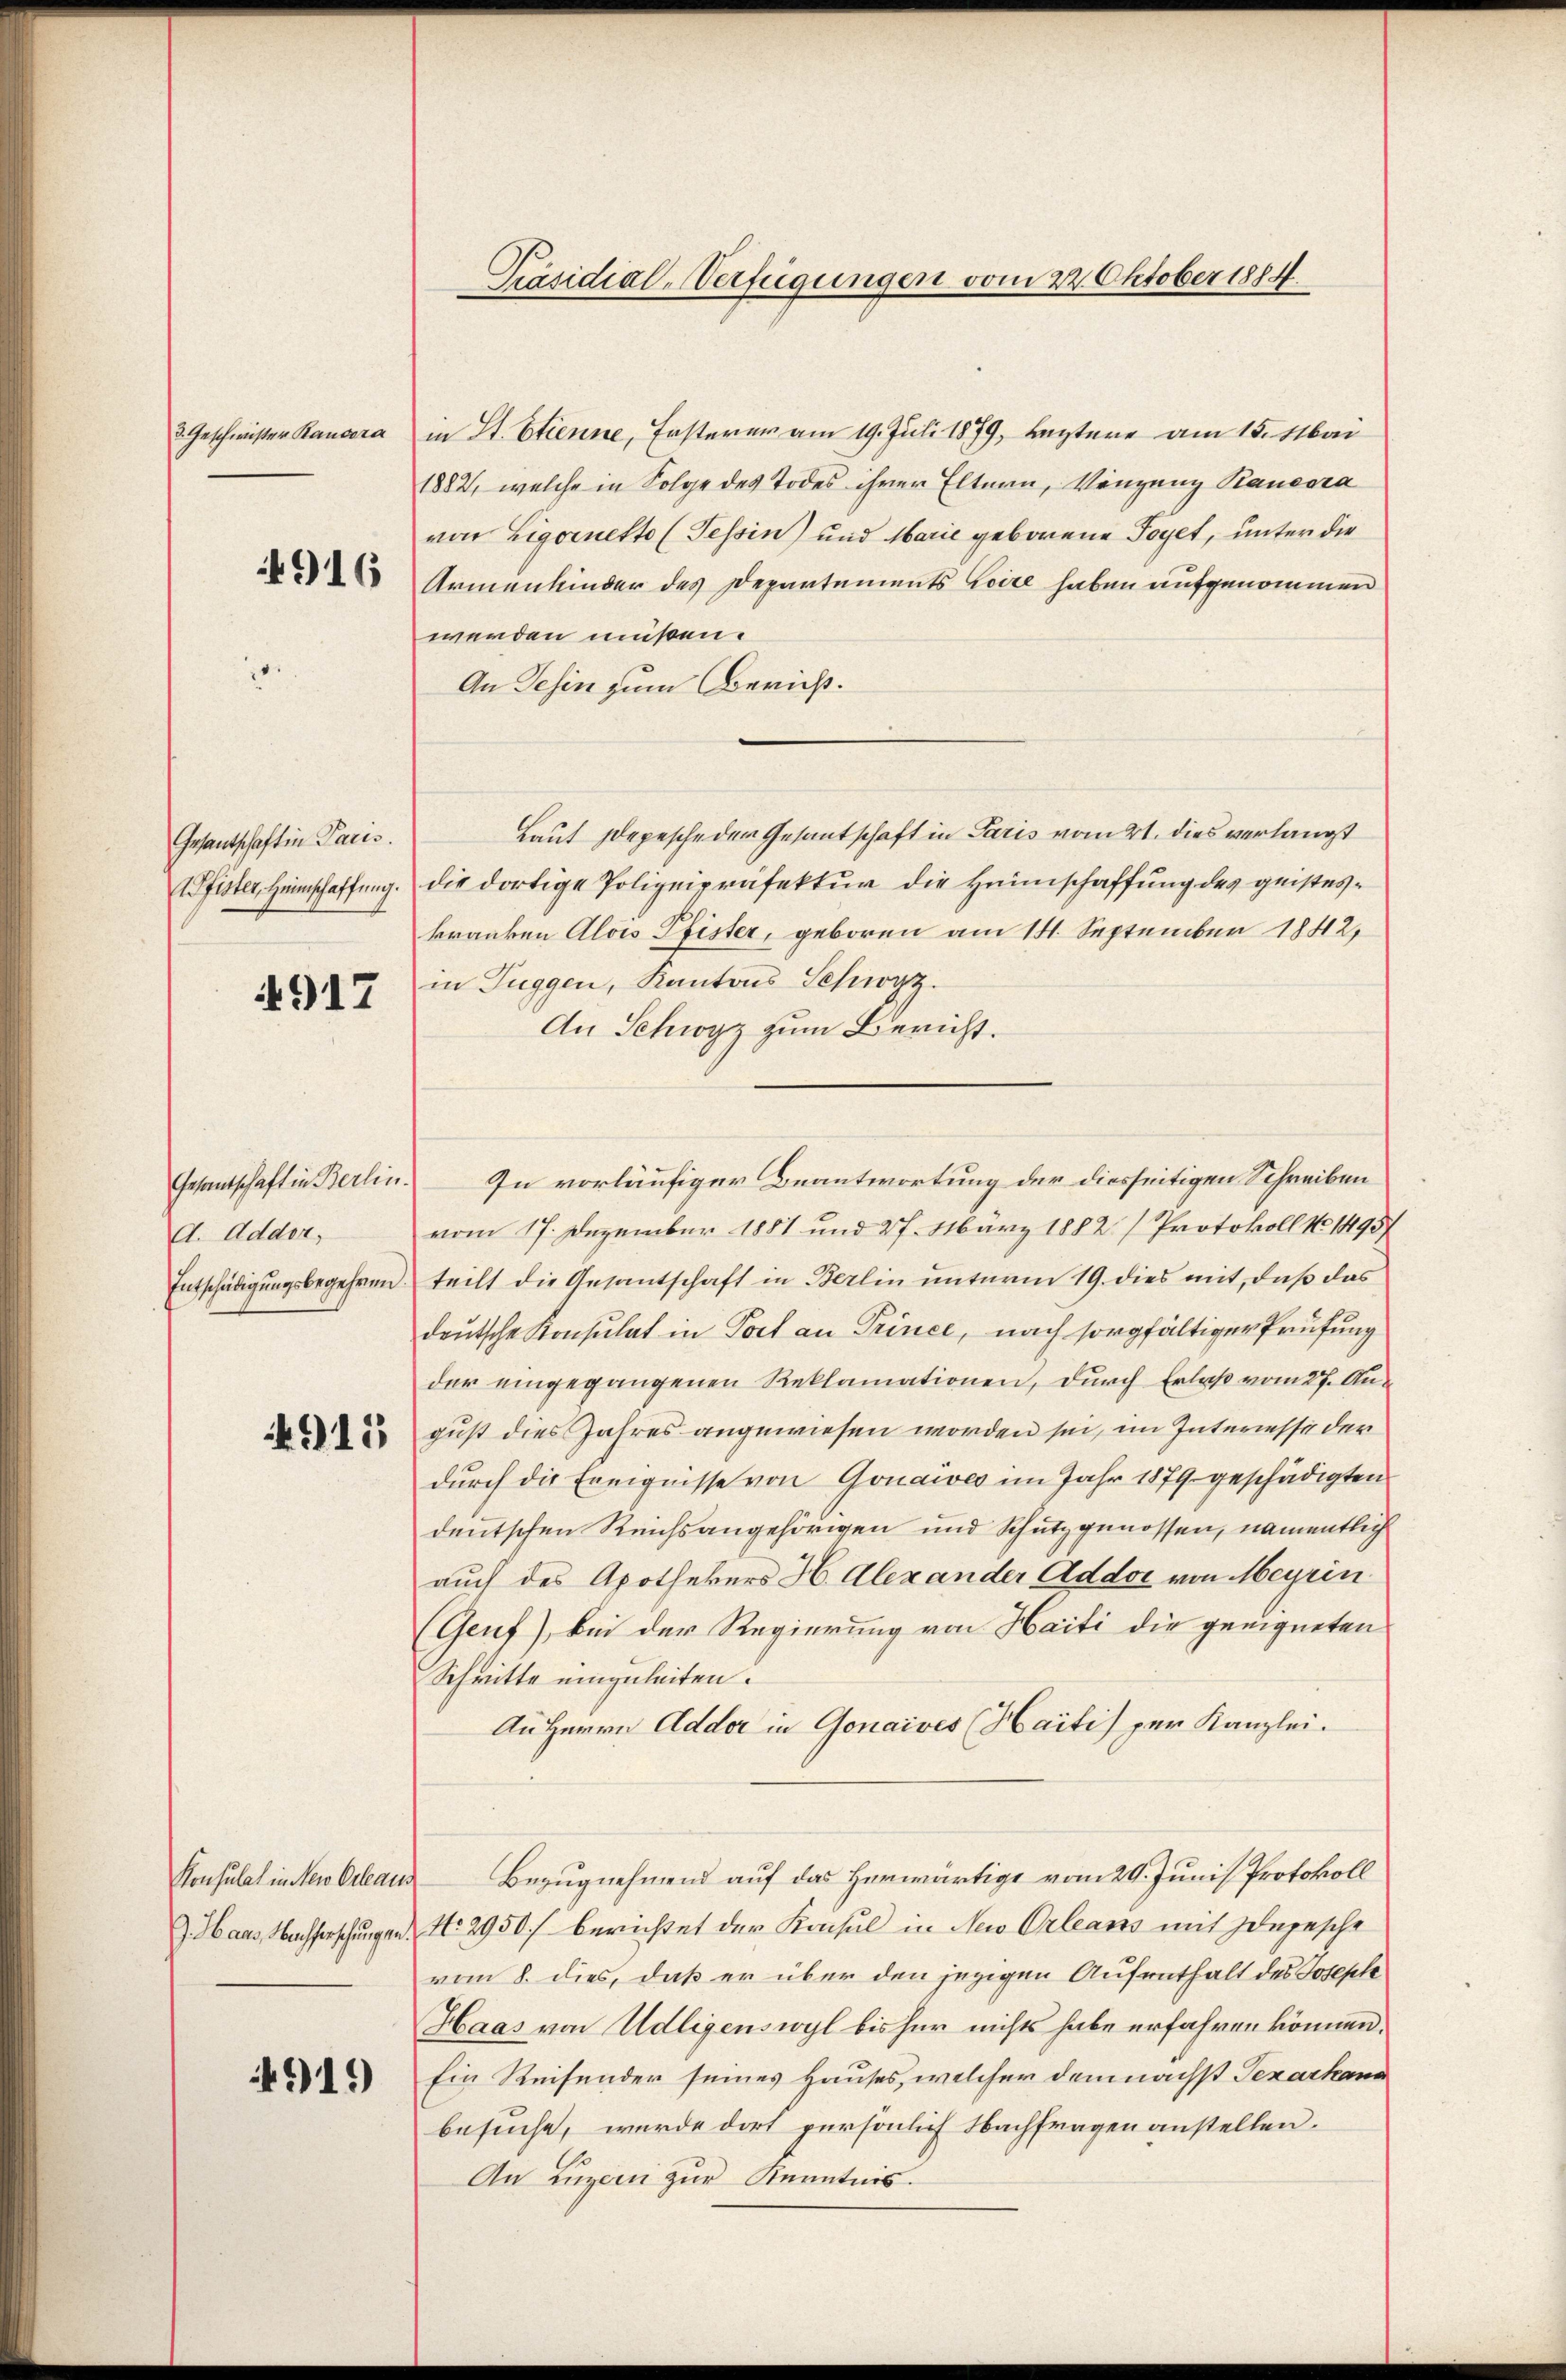
3. Geschwister Raucora

4916

Gesantschaft in Paris.
Pfister, Heimschaffung.

917

Gesandtschaft in Berlin.
A. Adder,
Entschädigungsbegehren.

15

Konsulat in Neu Orleaus
G. Haus, Nachforschungen.

4919)

Präsidial-Verfügungen vom 22. Oktober 1884.

in St. Etienne, Ersterer am 19. Juli 1879, bestere am 15. Mai
1882, welche in Folge des Todes ihrer Eltern, Vergang Raucora
von Ligoretto (Tessin) und Marie geborene Toget, unter die
Armenkinder des Departements Loite haben aufgenommen
werden müßen.
An Gesin zum Bericht.
Laut Depesche der Gesantschaft in Paris vom 21. dies verlangt
die dortige Polizeipräfektur die Heimschaffung des geisteskranken Alois Pfister, geboren am 14. September 1842,
in Tuggen, Kantons Schwyz.
An Schwyz zum Bericht.
vom 17. Dezember 1881 und 27. März 1882) Protokoll No 141957
teilt die Gesantschaft in Berlin unterm 19. dies mit, daß das
deutsche Konsulat in Port an Prince, nach sorgfältiger Prüfung
der eingegangenen Reklamationen, durch Erlaß vom 27. August dies Jahres angewiesen worden sei, im Interesse der
durch die Ereignisse von Gonawes im Jahr 1879 geschädigten
deutschen Reichsangehörigen und Schutzgenossen, namentlich
auch des Apothekers H. Alexander Addor von Meyrin
(Genf), bei der Regierung von Haiti die geeigneten
Schritte einzuleiten.
An Herrn Adder in Gonaives (Haiti per Kanzlei.
Bezugnehmend auf das herwärtige vom 20. Juni Protokoll
No. 2950/ berichtet der Konsul in Neu Orleans mit depesche
vom 8. dies, daß er über den jezigen Aufenthalt des Joseph
Haas von Udligenswyl bis her nichts habe erfahren können.
Ein Reisender seines Hauses, welcher demnächst Texarhand
besuche, wurde dort persönlich Nachfragen anstellen.
An Luzern zur Kenntnis.

In vorläufiger Beantwortung der diesseitigen Schreiben